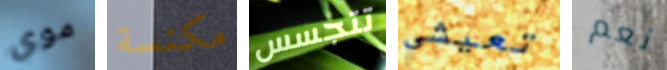
موي مكنسة تتجسس تعيشي نعم